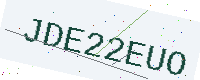
Text: JDE22EUO